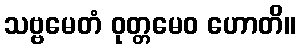
သဗ္ဗမေတံ ဝုတ္တမေဝ ဟောတိ။